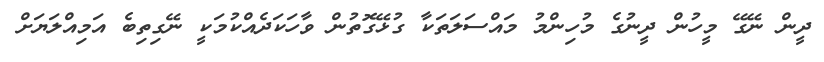
ދީން ނޭގޭ މީހުން ދީނުގެ މުހިންމު މައްސަލަތަކާ ގުޅޭގޮތުން ވާހަކަދެއްކުމަކީ ނޭގިތިބެ އަމިއްލަޔަށް